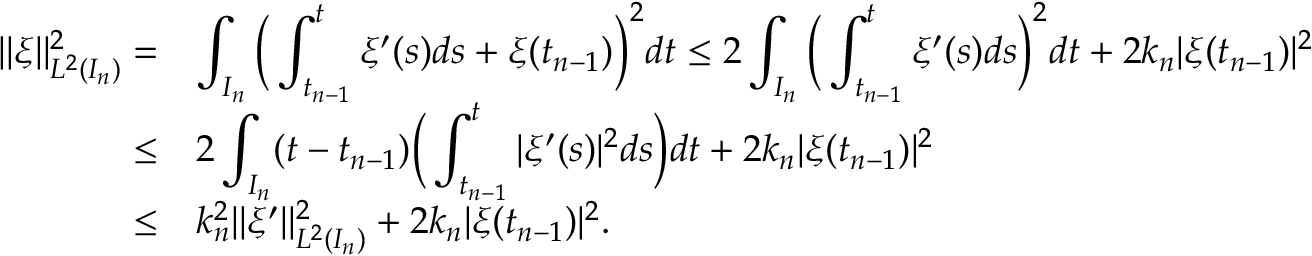
\begin{array} { r } { \begin{array} { r l } { \| \xi \| _ { L ^ { 2 } ( I _ { n } ) } ^ { 2 } = } & { \displaystyle \int _ { I _ { n } } \Big ( \displaystyle \int _ { t _ { n - 1 } } ^ { t } \xi ^ { \prime } ( s ) d s + \xi ( t _ { n - 1 } ) \Big ) ^ { 2 } d t \leq 2 \displaystyle \int _ { I _ { n } } \Big ( \displaystyle \int _ { t _ { n - 1 } } ^ { t } \xi ^ { \prime } ( s ) d s \Big ) ^ { 2 } d t + 2 k _ { n } | \xi ( t _ { n - 1 } ) | ^ { 2 } } \\ { \leq } & { 2 \displaystyle \int _ { I _ { n } } ( t - t _ { n - 1 } ) \Big ( \displaystyle \int _ { t _ { n - 1 } } ^ { t } | \xi ^ { \prime } ( s ) | ^ { 2 } d s \Big ) d t + 2 k _ { n } | \xi ( t _ { n - 1 } ) | ^ { 2 } } \\ { \leq } & { k _ { n } ^ { 2 } \| \xi ^ { \prime } \| _ { L ^ { 2 } ( I _ { n } ) } ^ { 2 } + 2 k _ { n } | \xi ( t _ { n - 1 } ) | ^ { 2 } . } \end{array} } \end{array}